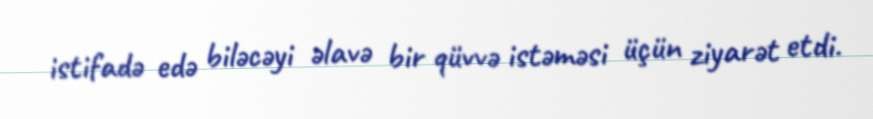
istifadə edə biləcəyi əlavə bir qüvvə istəməsi üçün ziyarət etdi.